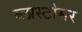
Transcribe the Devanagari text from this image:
ब्लास्टोमर